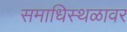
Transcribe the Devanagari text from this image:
समाधिस्थळावर